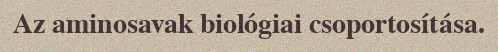
Az aminosavak biológiai csoportosítása.